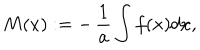
M ( x ) : = - \, { \frac { 1 } { a } } \int f ( x ) d x ,